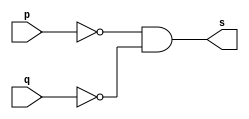
// Exercicio04 - NAND  
// Nome: Julio Miranda Machado 

// -- nand gate

module nandgate(output s, input p, input q);
 assign s = (~p & ~q);
endmodule // nandgate

module testnandgate;
 reg a, b;
 wire s;
 
nandgate NAND1 (s, a, b);

initial begin: start
	a = 0;
	b = 0;
end

initial begin: main
	$display("Exercicio04 - Julio Miranda Machado - 435666"); 
	$display("Test nand gate");
	$display("\n\t\t\t(~a & ~b) = s\n");
	$monitor("%d\t(~%b & ~%b) = %b", $time,a, b, s);
	#1 a = 0; b = 0;
	#1 a = 0; b = 1;
	#1 a = 1; b = 0;
	#1 a = 1; b = 1;
end
endmodule // testnandgate